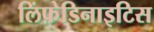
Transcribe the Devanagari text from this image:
लिंफ़ेडिनाइटिस